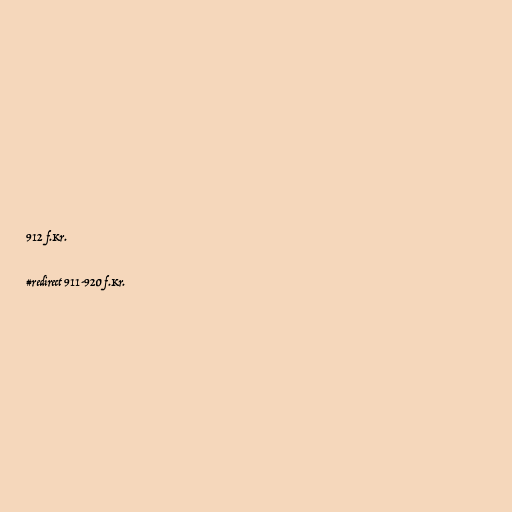
912 f.Kr.

#redirect 911-920 f.Kr.